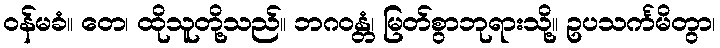
ဝန်မခံ။ တေ၊ ထိုသူတို့သည်။ ဘဂဝန္တံ၊ မြတ်စွာဘုရားသို့။ ဥပသင်္ကမိတွာ၊